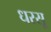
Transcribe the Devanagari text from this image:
धरसू